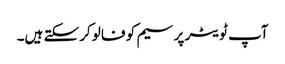
آپ ٹویٹر پر سیم کو فالو کرسکتے ہیں۔